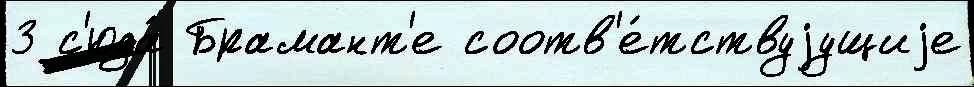
3 с'юда́ Брамант'е соотв'е́тствуjущиjе